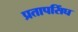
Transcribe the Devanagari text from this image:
प्रतापसिंघ